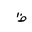
Letter: _za